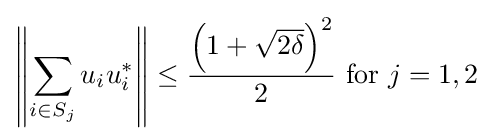
\left\|\sum _{i\in S_{j}}u_{i}u_{i}^{*}\right\|\leq {\frac {\left(1+{\sqrt {2\delta }}\right)^{2}}{2}}{\text{  for }}j=1,2